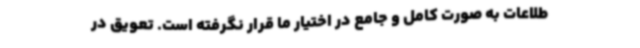
طلاعات به صورت کامل و جامع در اختیار ما قرار نگرفته است. تعویق در